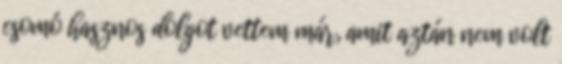
csomó hasznos dolgot vettem már, amit aztán nem volt